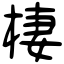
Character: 棲